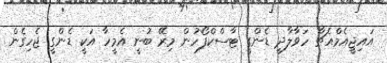
އައިޖީއެމްއެޗާ ހަވާލާދީ ޑެންގީ ޓާސްކްފޯހުން މިރޭ ބުނީ އެމީހާ އަކީ ޑެންގީ ޖެހިގެން